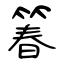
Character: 箺